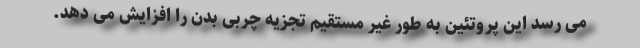
می رسد این پروتئین به طور غیر مستقیم تجزیه چربی بدن را افزایش می دهد.